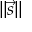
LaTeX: \| { \vec { s } } \|